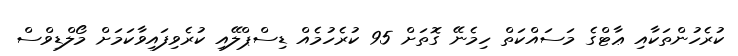
ކުރެހުންތަކާއި ޢާޓްގެ މަސައްކަތް ހިމެނޭ ގޮތަށް 95 ކުރެހުމެއް ޑިސްޕްލޭއި ކުރެވިފައިވާކަމަށް މޯލްޑިވްސް